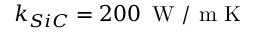
k _ { S i C } = 2 0 0 \, \mathrm { ~ W ~ / ~ m ~ K ~ }